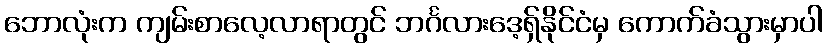
ဘောလုံးက ကျမ်းစာလေ့လာရာတွင် ဘင်္ဂလားဒေ့ရှ်နိုင်ငံမှ ကောက်ခံသွားမှာပါ